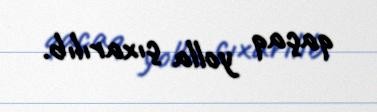
qaçaq yolla çıxarılıb.